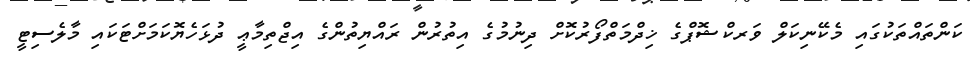
ކަންތައްތަކުގައި މެކޭނިކަލް ވަރކްޝޮޕްގެ ޚިދްމަތްފޯރުކޮށް ދިނުމުގެ އިތުރުން ރައްޔިތުންގެ އިޖްތިމާޢީ ދުޅަހެޔޮކަމަށްޓަކައި މާލެސިޓީ